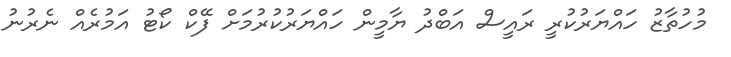
މުހުތާޒު ހައްޔަރުކުރީ ރައީސް އަބްދު ޔާމީން ހައްޔަރުކުރުމަށް ފޭކް ކޯޓު އަމުރެއް ނެރުނު